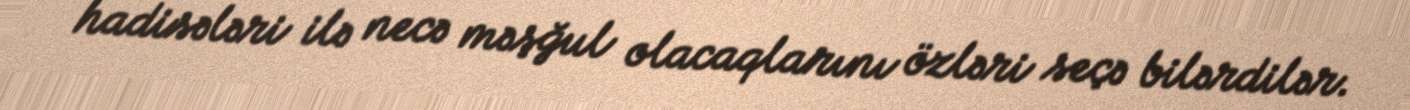
hadisələri ilə necə məşğul olacaqlarını özləri seçə bilərdilər.